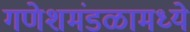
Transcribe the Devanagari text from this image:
गणेशमंडळामध्ये